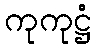
ကုကုဋ္ဌံ